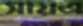
সায়এ